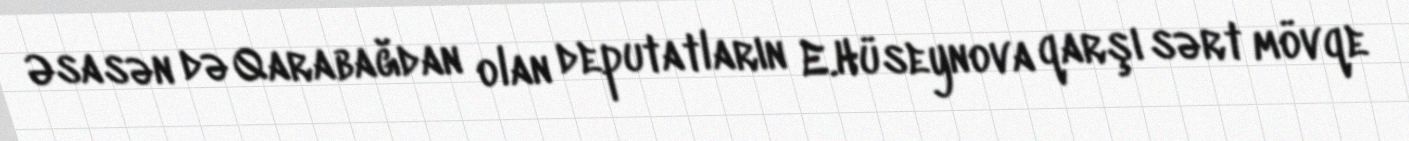
Əsasən də Qarabağdan olan deputatların E.Hüseynova qarşı sərt mövqe